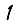
Digit: 1